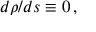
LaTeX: d \rho / d s \equiv 0 \, ,